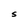
Character: S